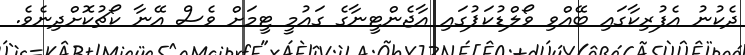
ދެކުނު އެފުރިކާގައި ބޭއްވި ވޯލްޑުކަޕުގައި އާޖެންޓީނާގެ ގައުމީ ޓީމަށް ވެސް އޭނާ ކޯޗުކޮށްދިނެވެ.